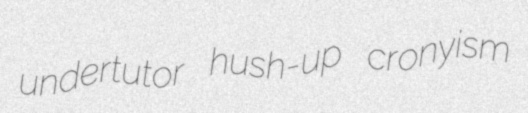
undertutor hush-up cronyism